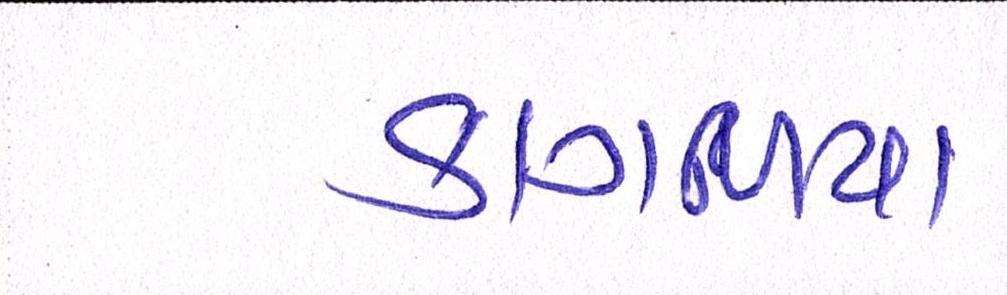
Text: કાગળિયાં